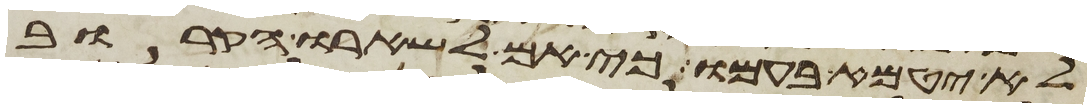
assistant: לא יטמא בעמו כי אם לשארו הקרוב